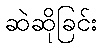
ဆဲဆိုခြင်း